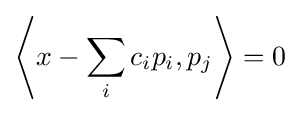
\left\langle x-\sum _{i}c_{i}p_{i},p_{j}\right\rangle =0